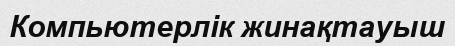
Компьютерлік жинақтауыш